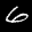
Label: 6